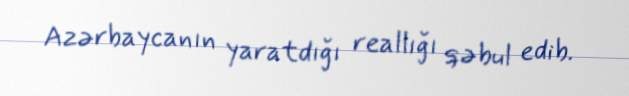
Azərbaycanın yaratdığı reallığı qəbul edib.